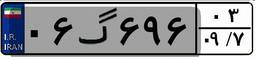
۰۶گ۶۹۶۰۳